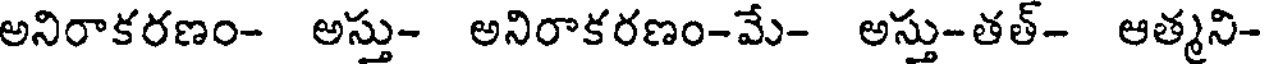
అనిరాకరణం- అస్తు- అనిరాకరణం-మే- అస్తు-తత్- ఆత్మని-